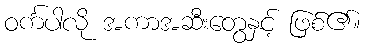
ဝင်္ကပါလို အကာအဆီးတွေနှင့် ဖြစ်၏။